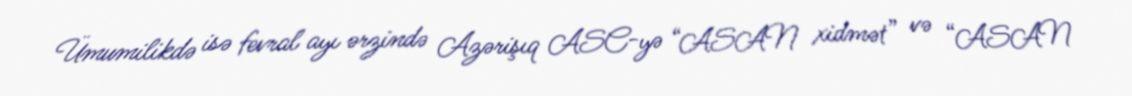
Ümumilikdə isə fevral ayı ərzində Azərişıq ASC-yə “ASAN xidmət” və “ASAN